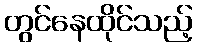
တွင်နေထိုင်သည့်